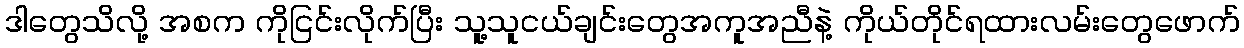
ဒါတွေသိလို့ အစက ကိုငြင်းလိုက်ပြီး သူ့သူငယ်ချင်းတွေအကူအညီနဲ့ ကိုယ်တိုင်ရထားလမ်းတွေဖောက်